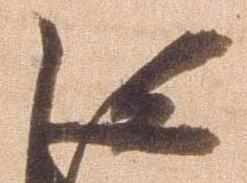
信